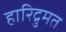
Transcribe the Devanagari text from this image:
हारिद्रुमत